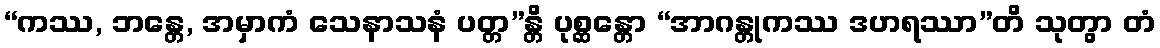
“ကဿ, ဘန္တေ, အမှာကံ သေနာသနံ ပတ္တ”န္တိ ပုစ္ဆန္တော “အာဂန္တုကဿ ဒဟရဿာ”တိ သုတွာ တံ